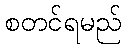
စတင်ရမည်